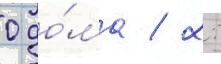
0 до́ма / 2: